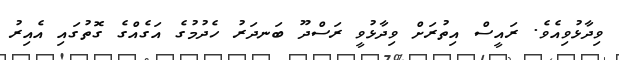
ވިދާޅުވިއެވެ. ރައީސް އިތުރަށް ވިދާޅުވީ ރަސްދޫ ބަނދަރު ހެދުމުގެ އަގެއްގެ ގޮތުގައި އެއިރު